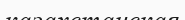
казахстанская